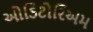
ઓડિટોરિઅમ